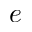
e